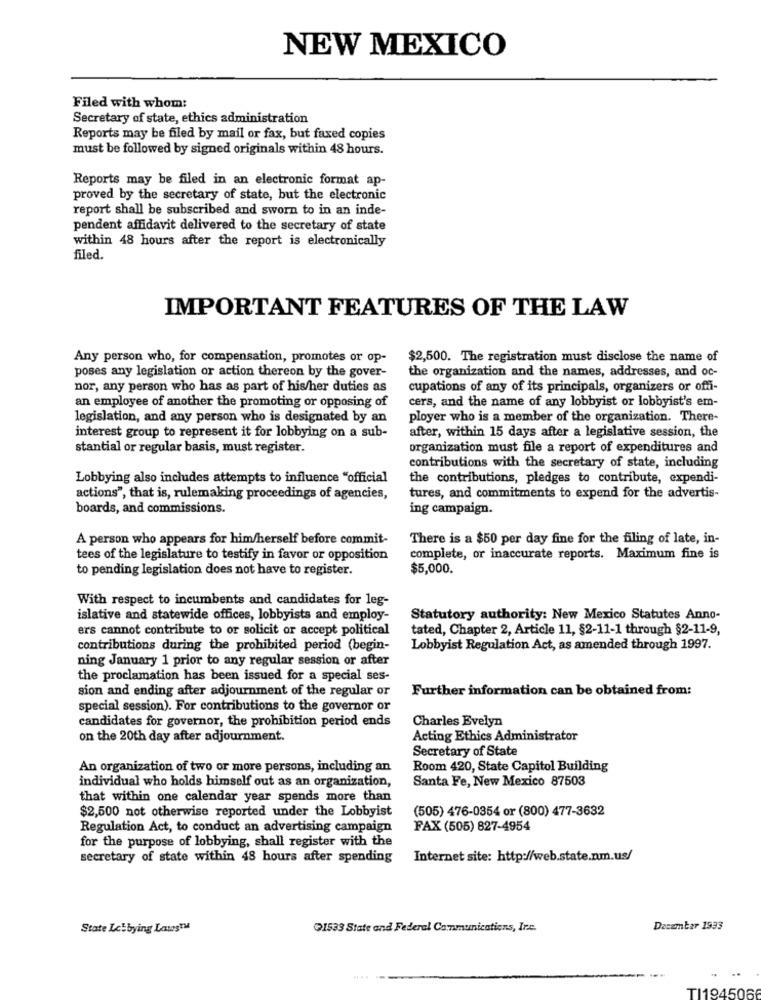
NEW MEXICO
Filed with whom:
Secretary of state, ethics administration
Reports may be filed by mail or fax, but faxed copies
must be followed by signed originals within 48 hours.
Reports may be filed in an electronic format ap-
proved by the secretary of state, but the electronic
report shall be subscribed and sworn to in an inde-
pendent affidavit delivered to the secretary of state
within 48 hours after the report is electronically
filed.
IMPORTANT FEATURES OF THE LAW
Any person who, for compensation, promotes or op-
$2,500. The registration must disclose the name of
poses any legislation or action thereon by the gover-
the organization and the names, addresses, and oc-
nor, any person who has as part of his/her duties as
cupations of any of its principals, organizers or off-
cers, and the name of any lobbyist or lobbyist's em-
an employee of another the promoting or opposing of
legislation, and any person who is designated by an
ployer who is a member of the organization. There-
after, within 15 days after a legislative session, the
interest group to represent it for lobbying on a sub-
stantial or regular basis, must register.
organization must file a report of expenditures and
contributions with the secretary of state, including
Lobbying also includes attempts to influence "official
the contributions, pledges to contribute, expendi-
actions", that is, rulemaking proceedings of agencies,
tures, and commitments to expend for the advertis-
boards, and commissions.
ing campaign.
A person who appears for him/herself before commit-
There is a $50 per day fine for the filing of late, in-
tees of the legislature to testify in favor or opposition
complete, or inaccurate reports. Maximum fine is
to pending legislation does not have to register.
$5,000.
With respect to incumbents and candidates for leg-
islative and statewide offices, lobbyists and employ-
Statutory authority: New Mexico Statutes Anno-
ers cannot contribute to or solicit or accept political
tated, Chapter 2, Article 11, §2-11-1 through §2-11-9,
contributions during the prohibited period (begin-
Lobbyist Regulation Act, as amended through 1997.
ning January 1 prior to any regular session or after
the proclamation has been issued for a special ses-
sion and ending after adjournment of the regular or
Further information can be obtained from:
special session). For contributions to the governor or
candidates for governor, the prohibition period ends
Charles Evelyn
on the 20th day after adjournment.
Acting Ethics Administrator
Secretary of State
An organization of two or more persons, including an
Room 420, State Capitol Building
individual who holds himself out as an organization,
Santa Fe, New Mexico 87503
that within one calendar year spends more than
$2,500 not otherwise reported under the Lobbyist
(505) 476-0354 or (800) 477-3632
Regulation Act, to conduct an advertising campaign
FAX (505) 827-4954
for the purpose of lobbying, shall register with the
secretary of state within 48 hours after spending
Internet site: http://web.state.nm.us/
State Lobbying LatestM
@1533 State and Federal Communications, Inc.
Decambar 1933
TI194506